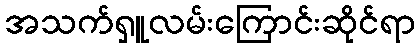
အသက်ရှူလမ်းကြောင်းဆိုင်ရာ